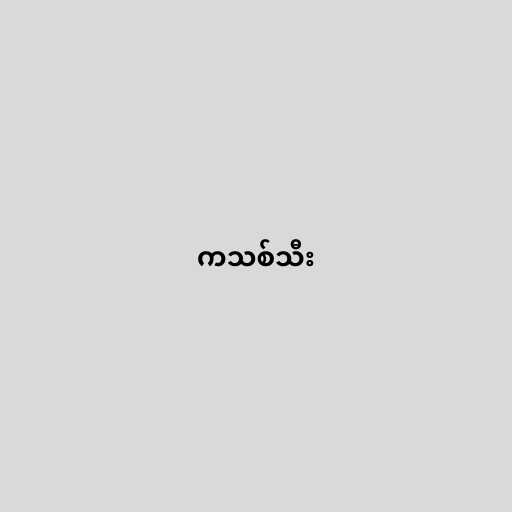
ကသစ်သီး